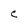
Character: C